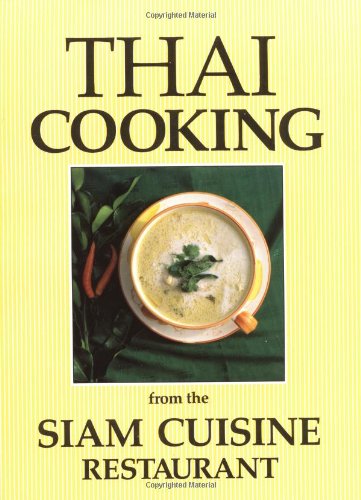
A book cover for Thai Cooking: From the Siam Cuisine Restaurant; Kwanruan Aksomboon; Cookbooks, Food & Wine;